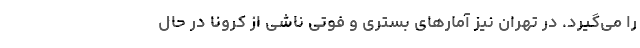
را می‌گیرد. در تهران نیز آمارهای بستری و فوتی ناشی از کرونا در حال